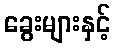
ခွေးများနှင့်